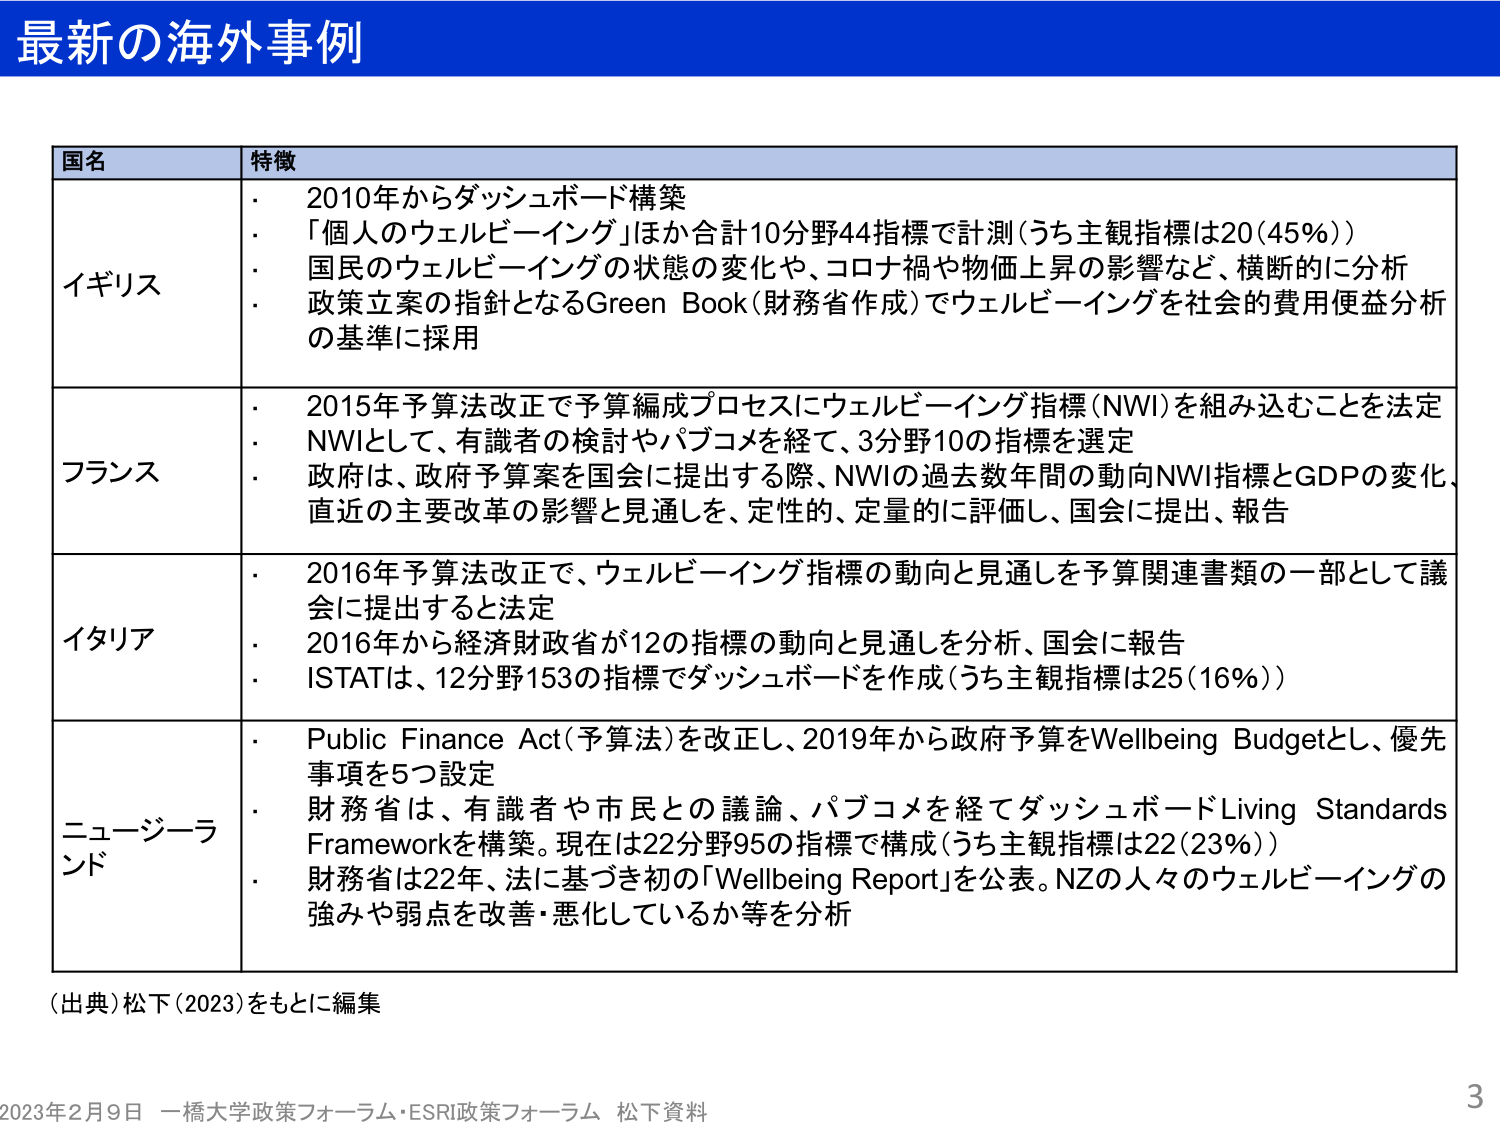
最新の海外事例

国名 特徴
イギリス
・ 2010年からダッシュボード構築
・ 「個人のウェルビーイング」ほか合計10分野44指標で計測（うち主観指標は20（45％））
・ 国民のウェルビーイングの状態の変化や、コロナ禍や物価上昇の影響など、横断的に分析
・ 政策立案の指針となるGreen Book（財務省作成）でウェルビーイングを社会的費用便益分析の基準に採用

フランス
・ 2015年予算法改正で予算編成プロセスにウェルビーイング指標（NWI）を組み込むことを法定
・ NWIとして、有識者の検討やパブコメを経て、3分野10の指標を選定
・ 政府は、政府予算案を国会に提出する際、NWIの過去数年間の動向NWI指標とGDPの変化、直近の主要改革の影響と見通しを、定性的、定量的に評価し、国会に提出、報告

イタリア
・ 2016年予算法改正で、ウェルビーイング指標の動向と見通しを予算関連書類の一部として議会に提出すると法定
・ 2016年から経済財政省が12の指標の動向と見通しを分析、国会に報告
・ ISTATは、12分野153の指標でダッシュボードを作成（うち主観指標は25（16％））

ニュージーランド
・ Public Finance Act（予算法）を改正し、2019年から政府予算をWellbeing Budgetとし、優先事項を5つ設定
・ 財務省は、有識者や市民との議論、パブコメを経てダッシュボードLiving Standards Frameworkを構築。現在は22分野95の指標で構成（うち主観指標は22（23％））
・ 財務省は22年、法に基づき初の「Wellbeing Report」を公表。NZの人々のウェルビーイングの強みや弱点を改善・悪化しているか等を分析

（出典）松下（2023）をもとに編集

2023年2月9日 一橋大学政策フォーラム・ESRI政策フォーラム 松下資料
3